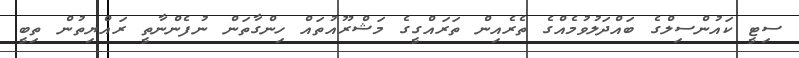
ސިޓީ ކައުންސިލްގެ ބައްދަލުވުމެއްގެ ތެރެއިން ތަރައްގީގެ މަޝްރޫއުތައް ހިންގާތަން ނުފެންނާތީ ރައްޔިތުން ތިބީ